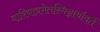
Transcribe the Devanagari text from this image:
वारियात्रमेतस्मिन्नार्यावर्तें